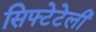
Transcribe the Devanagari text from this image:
सिफ्टेटेली